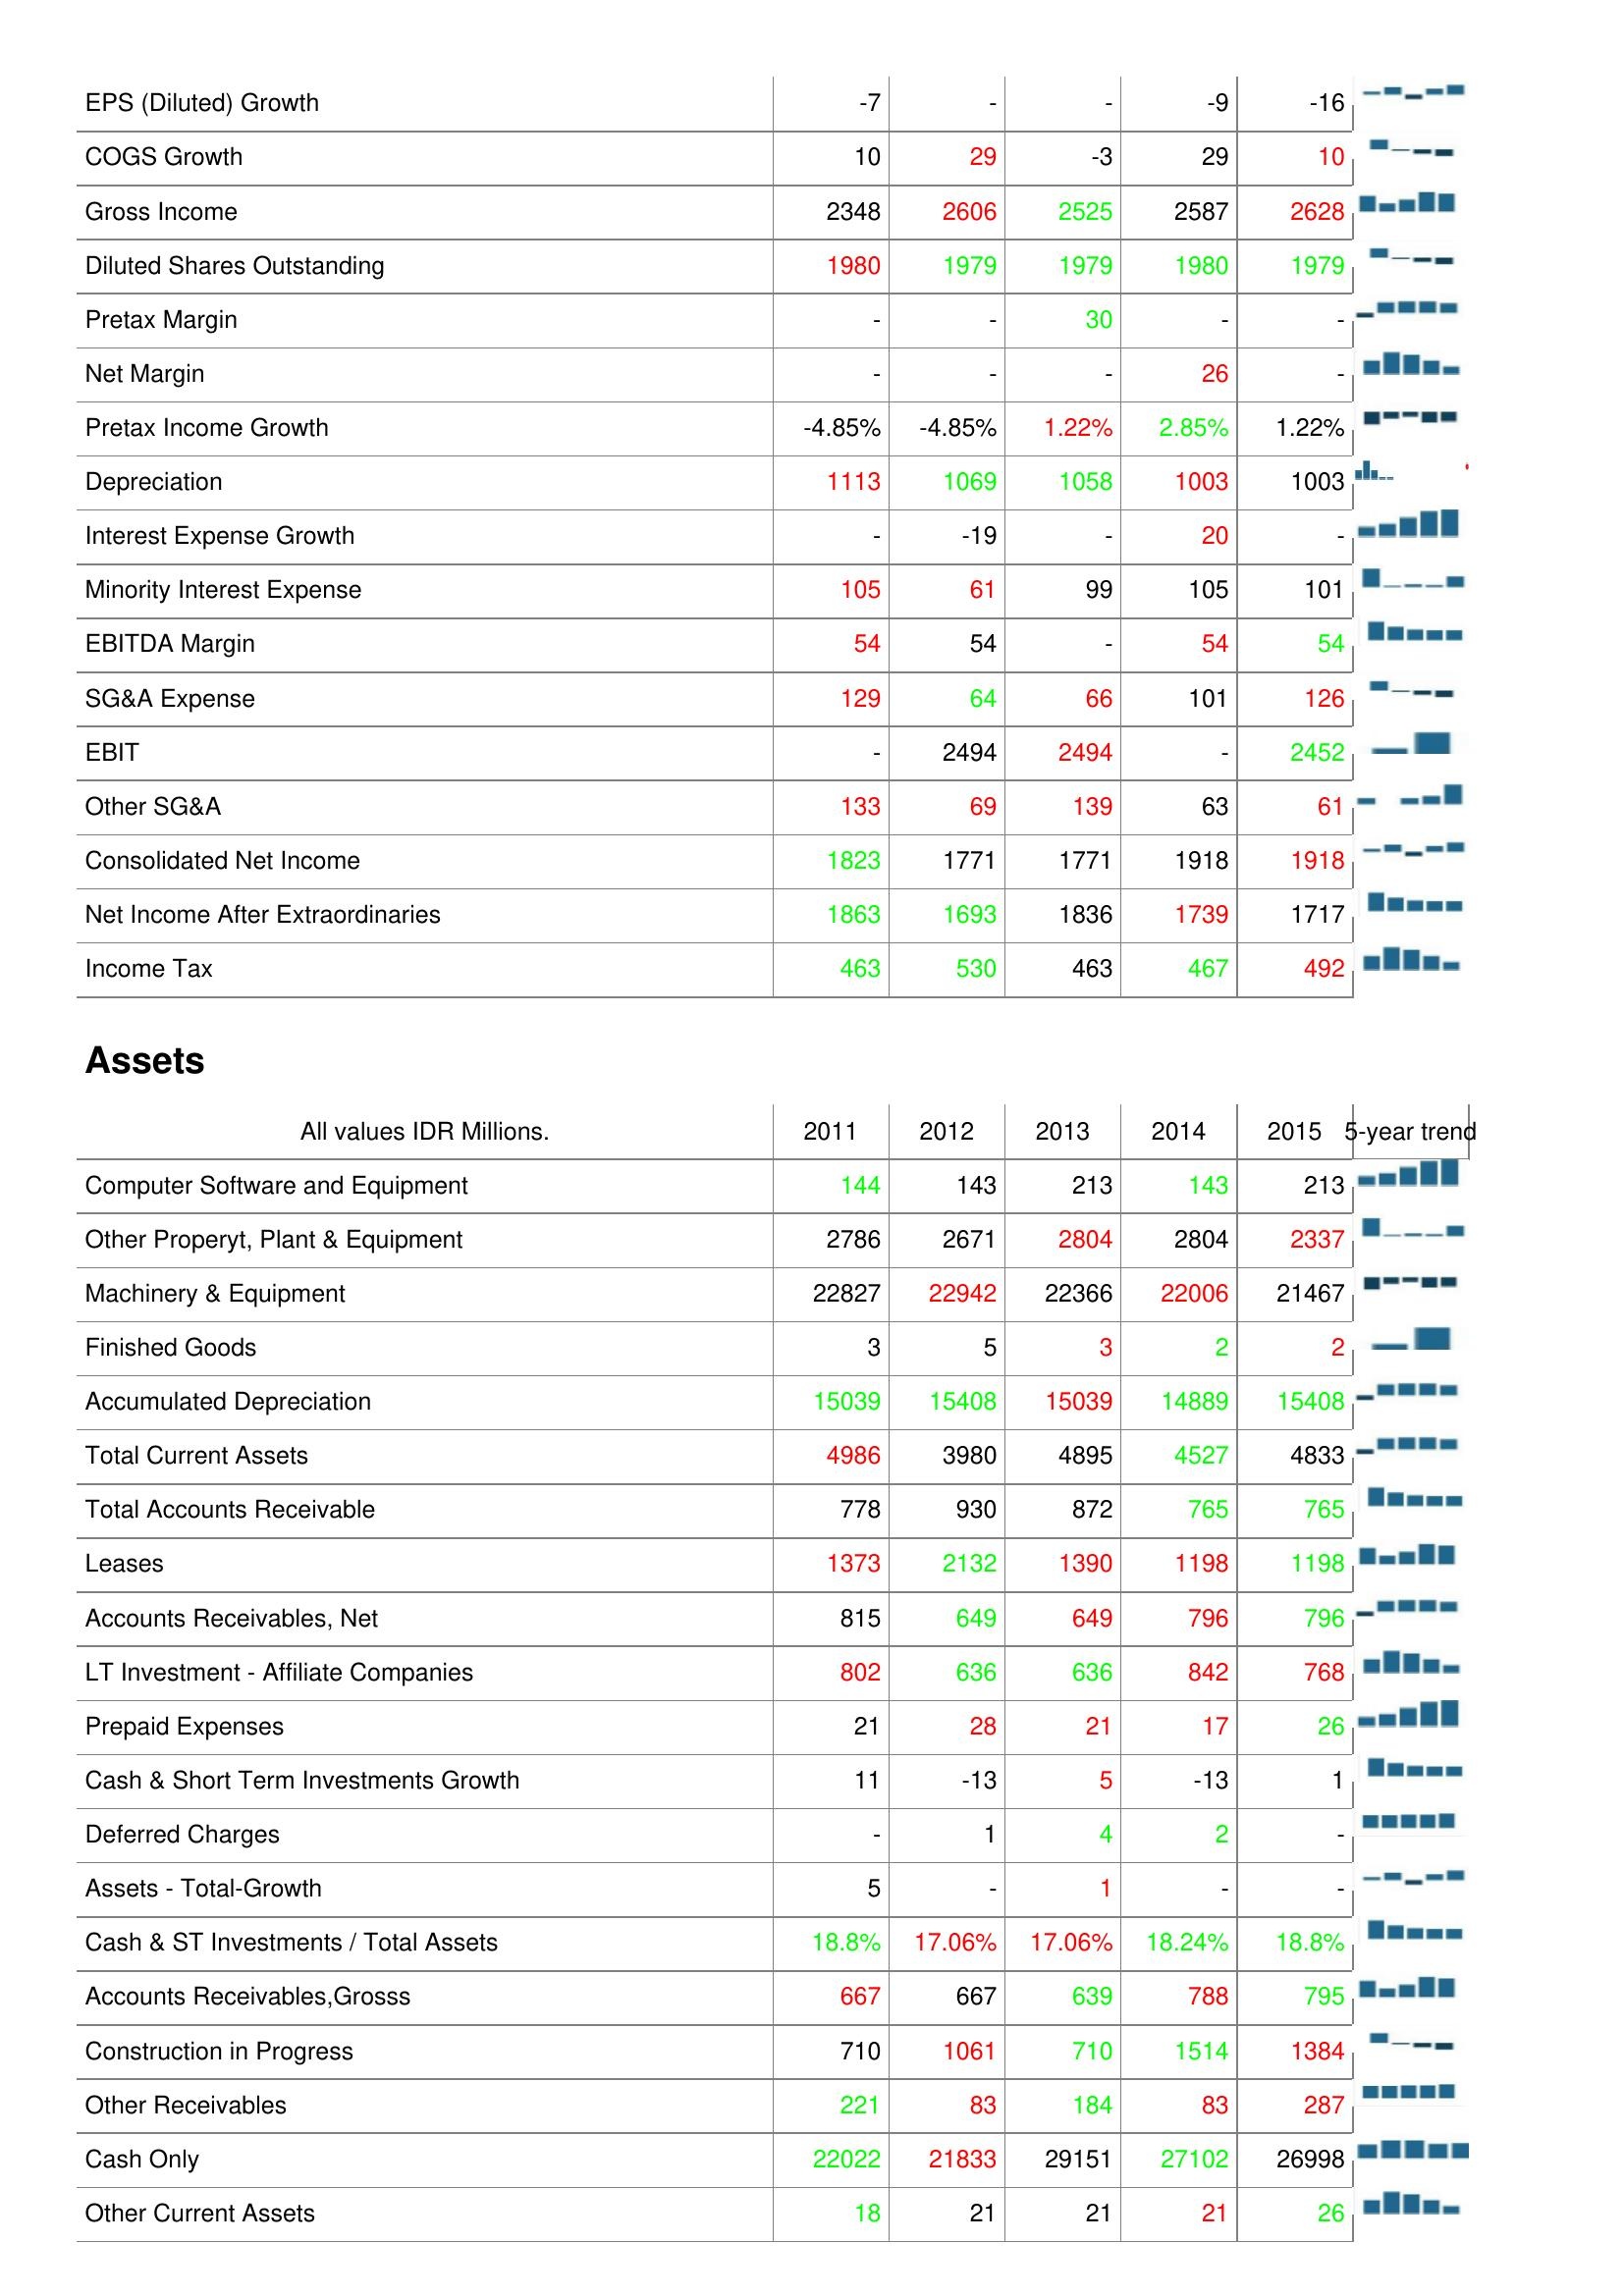
2011: : EPS (Diluted) Growth: -7
COGS Growth: 10
Gross Income: 2348
Diluted Shares Outstanding: 1980
Pretax Margin: -
Net Margin: -
Pretax Income Growth: -4.85%
Depreciation: 1113
Interest Expense Growth: -
Minority Interest Expense: 105
EBITDA Margin: 54
SG&A Expense: 129
EBIT: -
Other SG&A: 133
Consolidated Net Income: 1823
Net Income After Extraordinaries: 1863
Income Tax: 463
Assets: Computer Software and Equipment: 144
Other Properyt, Plant & Equipment: 2786
Machinery & Equipment: 22827
Finished Goods: 3
Accumulated Depreciation: 15039
Total Current Assets: 4986
Total Accounts Receivable: 778
Leases: 1373
Accounts Receivables, Net: 815
LT Investment - Affiliate Companies: 802
Prepaid Expenses: 21
Cash & Short Term Investments Growth: 11
Deferred Charges: -
Assets - Total-Growth: 5
Cash & ST Investments / Total Assets: 18.8%
Accounts Receivables,Grosss: 667
Construction in Progress: 710
Other Receivables: 221
Cash Only: 22022
Other Current Assets: 18
2012: : EPS (Diluted) Growth: -
COGS Growth: 29
Gross Income: 2606
Diluted Shares Outstanding: 1979
Pretax Margin: -
Net Margin: -
Pretax Income Growth: -4.85%
Depreciation: 1069
Interest Expense Growth: -19
Minority Interest Expense: 61
EBITDA Margin: 54
SG&A Expense: 64
EBIT: 2494
Other SG&A: 69
Consolidated Net Income: 1771
Net Income After Extraordinaries: 1693
Income Tax: 530
Assets: Computer Software and Equipment: 143
Other Properyt, Plant & Equipment: 2671
Machinery & Equipment: 22942
Finished Goods: 5
Accumulated Depreciation: 15408
Total Current Assets: 3980
Total Accounts Receivable: 930
Leases: 2132
Accounts Receivables, Net: 649
LT Investment - Affiliate Companies: 636
Prepaid Expenses: 28
Cash & Short Term Investments Growth: -13
Deferred Charges: 1
Assets - Total-Growth: -
Cash & ST Investments / Total Assets: 17.06%
Accounts Receivables,Grosss: 667
Construction in Progress: 1061
Other Receivables: 83
Cash Only: 21833
Other Current Assets: 21
2013: : EPS (Diluted) Growth: -
COGS Growth: -3
Gross Income: 2525
Diluted Shares Outstanding: 1979
Pretax Margin: 30
Net Margin: -
Pretax Income Growth: 1.22%
Depreciation: 1058
Interest Expense Growth: -
Minority Interest Expense: 99
EBITDA Margin: -
SG&A Expense: 66
EBIT: 2494
Other SG&A: 139
Consolidated Net Income: 1771
Net Income After Extraordinaries: 1836
Income Tax: 463
Assets: Computer Software and Equipment: 213
Other Properyt, Plant & Equipment: 2804
Machinery & Equipment: 22366
Finished Goods: 3
Accumulated Depreciation: 15039
Total Current Assets: 4895
Total Accounts Receivable: 872
Leases: 1390
Accounts Receivables, Net: 649
LT Investment - Affiliate Companies: 636
Prepaid Expenses: 21
Cash & Short Term Investments Growth: 5
Deferred Charges: 4
Assets - Total-Growth: 1
Cash & ST Investments / Total Assets: 17.06%
Accounts Receivables,Grosss: 639
Construction in Progress: 710
Other Receivables: 184
Cash Only: 29151
Other Current Assets: 21
2014: : EPS (Diluted) Growth: -9
COGS Growth: 29
Gross Income: 2587
Diluted Shares Outstanding: 1980
Pretax Margin: -
Net Margin: 26
Pretax Income Growth: 2.85%
Depreciation: 1003
Interest Expense Growth: 20
Minority Interest Expense: 105
EBITDA Margin: 54
SG&A Expense: 101
EBIT: -
Other SG&A: 63
Consolidated Net Income: 1918
Net Income After Extraordinaries: 1739
Income Tax: 467
Assets: Computer Software and Equipment: 143
Other Properyt, Plant & Equipment: 2804
Machinery & Equipment: 22006
Finished Goods: 2
Accumulated Depreciation: 14889
Total Current Assets: 4527
Total Accounts Receivable: 765
Leases: 1198
Accounts Receivables, Net: 796
LT Investment - Affiliate Companies: 842
Prepaid Expenses: 17
Cash & Short Term Investments Growth: -13
Deferred Charges: 2
Assets - Total-Growth: -
Cash & ST Investments / Total Assets: 18.24%
Accounts Receivables,Grosss: 788
Construction in Progress: 1514
Other Receivables: 83
Cash Only: 27102
Other Current Assets: 21
2015: : EPS (Diluted) Growth: -16
COGS Growth: 10
Gross Income: 2628
Diluted Shares Outstanding: 1979
Pretax Margin: -
Net Margin: -
Pretax Income Growth: 1.22%
Depreciation: 1003
Interest Expense Growth: -
Minority Interest Expense: 101
EBITDA Margin: 54
SG&A Expense: 126
EBIT: 2452
Other SG&A: 61
Consolidated Net Income: 1918
Net Income After Extraordinaries: 1717
Income Tax: 492
Assets: Computer Software and Equipment: 213
Other Properyt, Plant & Equipment: 2337
Machinery & Equipment: 21467
Finished Goods: 2
Accumulated Depreciation: 15408
Total Current Assets: 4833
Total Accounts Receivable: 765
Leases: 1198
Accounts Receivables, Net: 796
LT Investment - Affiliate Companies: 768
Prepaid Expenses: 26
Cash & Short Term Investments Growth: 1
Deferred Charges: -
Assets - Total-Growth: -
Cash & ST Investments / Total Assets: 18.8%
Accounts Receivables,Grosss: 795
Construction in Progress: 1384
Other Receivables: 287
Cash Only: 26998
Other Current Assets: 26